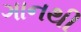
ગાનથી